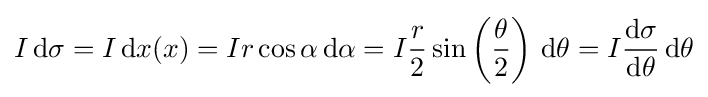
I\,\mathrm {d} \sigma =I\,\mathrm {d} x(x)=Ir\cos \alpha \,\mathrm {d} \alpha =I{\frac {r}{2}}\sin \left({\frac {\theta }{2}}\right)\,\mathrm {d} \theta =I{\frac {\mathrm {d} \sigma }{\mathrm {d} \theta }}\,\mathrm {d} \theta